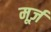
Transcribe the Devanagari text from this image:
मूर्ज़